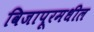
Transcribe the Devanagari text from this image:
विजापूरमधील